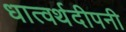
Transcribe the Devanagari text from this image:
धात्वर्थदीपनी